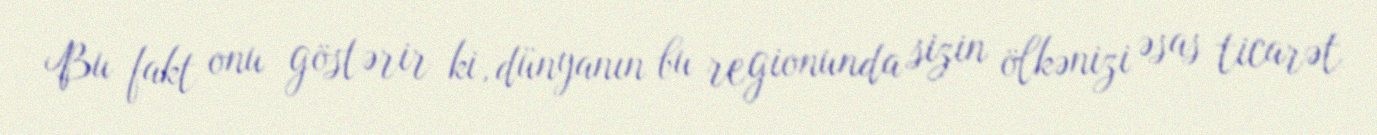
Bu fakt onu göstərir ki, dünyanın bu regionunda sizin ölkənizi əsas ticarət